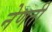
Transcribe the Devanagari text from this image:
नेणती